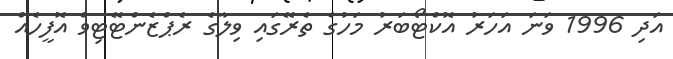
އަދި 1996 ވަނަ އަހަރު އޮކްޓޯބަރު މަހުގެ ތެރޭގައި ވިލާގެ ރެޕްޒެންޓޭޓިވް އޮފީހެއް